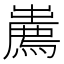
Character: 𢋱